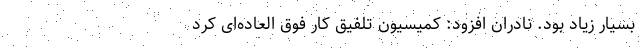
بسیار زیاد بود. نادران افزود: کمیسیون تلفیق کار فوق العاده‌ای کرد